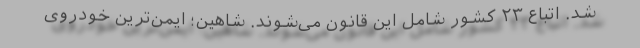
شد. اتباع ۲۳ کشور شامل این قانون می‌شوند. شاهین؛ ایمن‌ترین خودروی